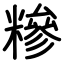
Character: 糝